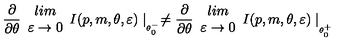
\frac { \partial } { \partial \theta } \begin{array} { c } { l i m } \\ { \varepsilon \rightarrow 0 } \\ \end{array} I ( p , m , \theta , \varepsilon ) \mid _ { _ { \theta _ { 0 } ^ { - } } } \neq \frac { \partial } { \partial \theta } \begin{array} { c } { l i m } \\ { \varepsilon \rightarrow 0 } \\ \end{array} I ( p , m , \theta , \varepsilon ) \mid _ { _ { _ { \theta _ { 0 } ^ { + } } } }